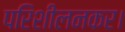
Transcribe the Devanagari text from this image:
परिशीलनकर।